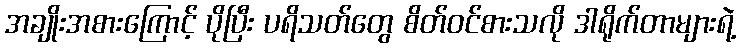
အချိုးအစားကြောင့် ပိုပြီး ပရိသတ်တွေ စိတ်ဝင်စားသလို ဒါရိုက်တာများရဲ့